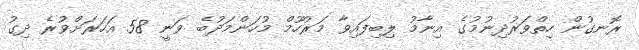
ރޮނގުން ހިތްވަރުދިނުމުގެ އިނާމު ލިބިފައިވާ މަރުހޫމް މުހަންމަދުބެ ވަނީ 58 އަހަރަށްވުރެ ދިގު